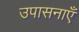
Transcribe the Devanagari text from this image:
उपासनाएँ